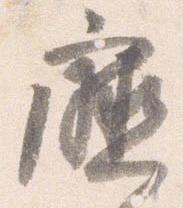
庁